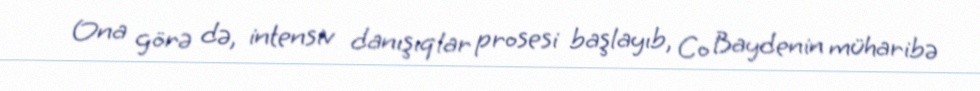
Ona görə də, intensiv danışıqlar prosesi başlayıb, Co Baydenin müharibə